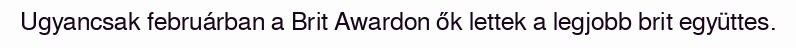
Ugyancsak februárban a Brit Awardon ők lettek a legjobb brit együttes.